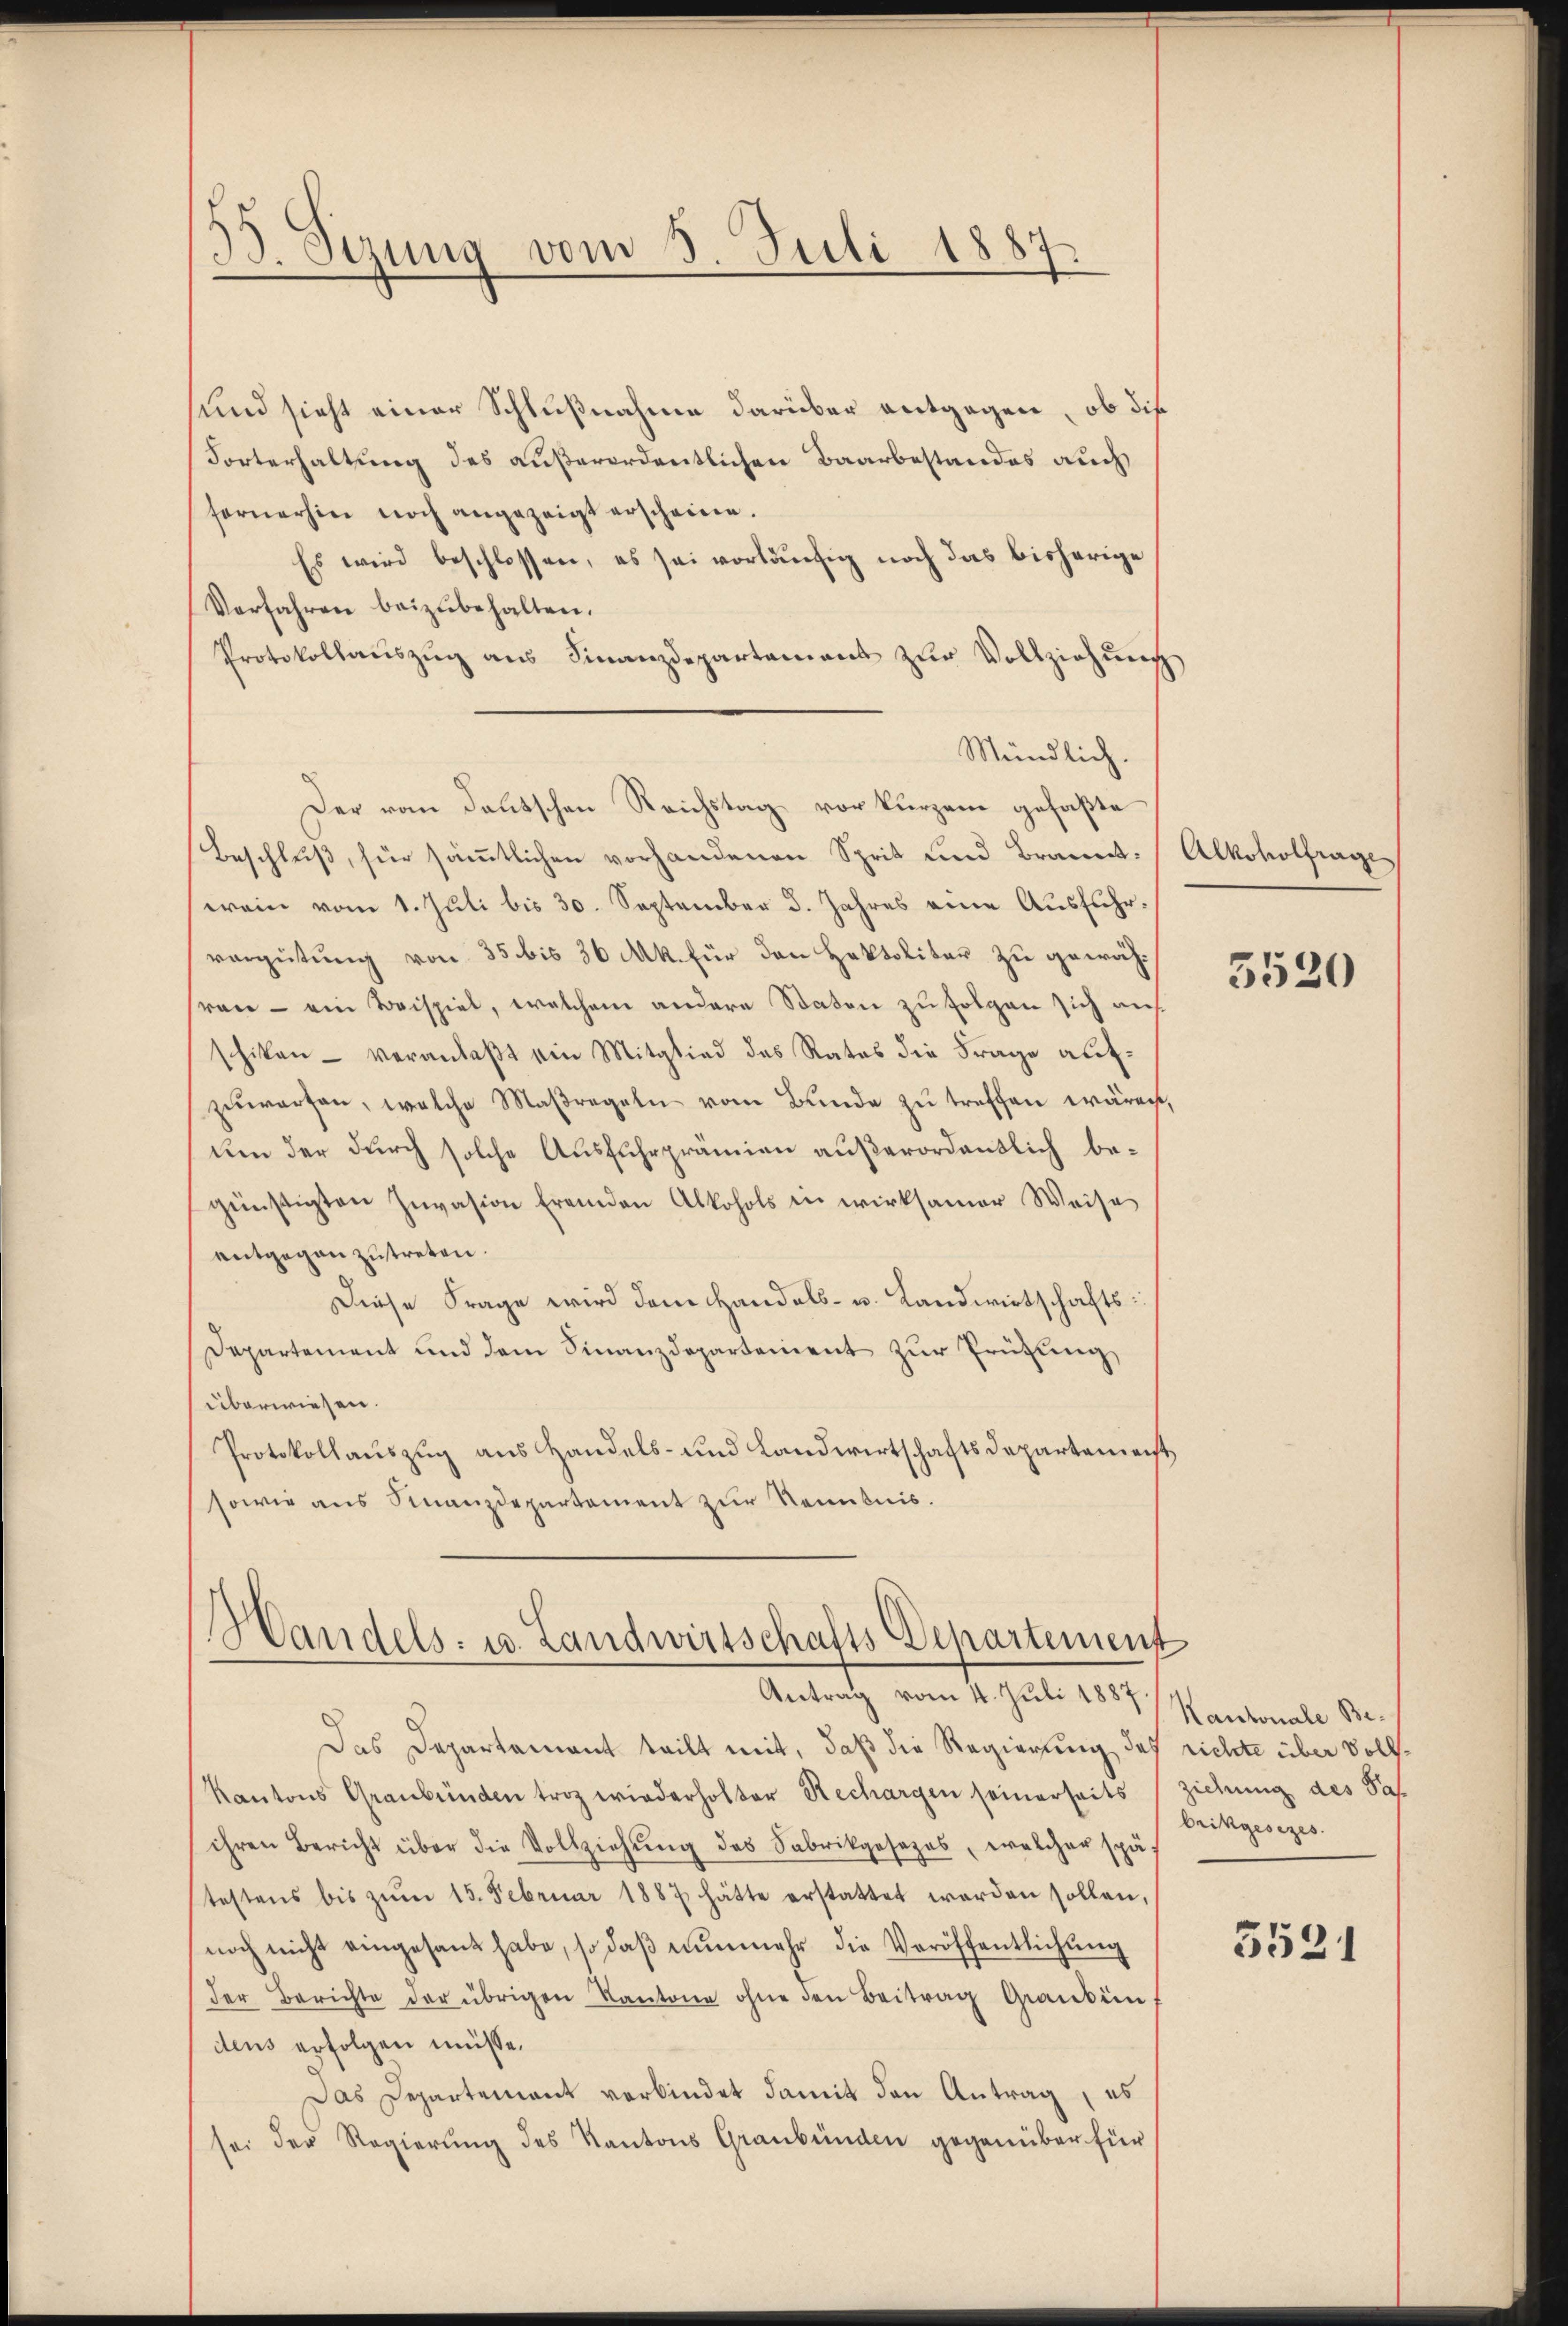
33. Sizung vom 5. Juli 1887.

und sieht einer Schlußnahme darüber entgegen, ob die
Sorterhaltung des außerordentlichen Baarbestandes auch
fernerhin noch angezeigt erscheine.
Es wird beschlossen, es sei vorläufig noch das bisherige
Verfahren beizubehalten.
Protokollauszug aus Finanzdepartement zur Vollziehung
Mündlich.
Der vom deutschen Reichstag vor kurzem gefaßte
Beschlŭβ für säṁtlichen vorhandenen Sprit und Brannt: Alkoholfrage
erein vom 1. Juli bis 30. September d. Jahres eine Ausführvergütung von 35 bis 30 Mk. für den Hektolitar zu gewähsren - ein Beispiel, welchem andere Staten zu folgen sich auf
schiken - veranlaßt ein Mitglied des Rates die Frage aufzuwarten, welche Maßregeln vom Bunde zu treffen wären,
um der durch solche Ausfuhrprämien außerordentlich begünstigten Invasion fremden Alkohols in wirksamer Weise
entgegen zutreten.
Diese Frage wird dem Handels- u. Landwirtschafts¬
Departement und dem Finanzdepartement zur Prüfung,
überwiesen.
Protokollauszug aus Handels- und Landwirtschaftsdepartement,
sowie aus Finanzdepartement zur Kenntnis.

Handels- u. Landwirtschafts Departement
Antrag vom 4. Juli 1887

Das Departement teilt mit, daß die Regierung des richte über Voll¬
Kantons Graubünden troz wiederholter Rechargen seinerseits ziehung des Pas
ihren Bericht über die Vollziehung des Fabrikgesezes, welcher spä
testens bis zŭm 15. Februar 1887 hätte erstattet worden sollen,
noch nicht eingesant habe, so daβ nŭnmehr die Veröffentlichung
der Berichte der übrigen Kantone ohne den Beitrag Graubün
dens erfolgen müsse.
Das Departement verbindet damit den Antrag, es
sei der Regierung des Kantons Graubünden gegenüber für

5520

Kantonale Bebrikgesezes.

5521